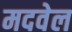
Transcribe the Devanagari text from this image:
मदवेल